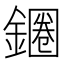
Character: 𲇞